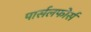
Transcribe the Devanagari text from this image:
पार्सलफोर्स